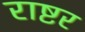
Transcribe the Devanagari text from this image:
राष्टर